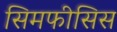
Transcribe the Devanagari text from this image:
सिमफीसिस